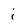
Character: i